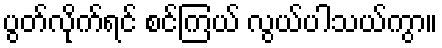
ပွတ်လိုက်ရင် စင်ကြယ် လွယ်ပါသယ်ကွာ။